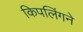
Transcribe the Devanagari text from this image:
किपलिंगने